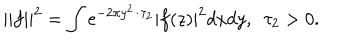
LaTeX: | | f | | ^ { 2 } = \int { \mathrm e } ^ { - 2 \pi y ^ { 2 } / \tau _ { 2 } } | f ( z ) | ^ { 2 } d x d y , \, \, \, \tau _ { 2 } > 0 .